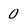
Character: 0